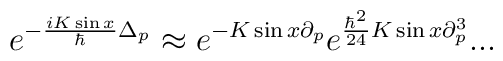
e^{-\frac{iK\sin x}{\hbar} \Delta_p}\approx e^{-K\sin x  \partial_p}e^{\frac{\hbar^2}{24} K\sin x \partial_p^3}...